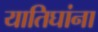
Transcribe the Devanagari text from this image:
यातिघांना